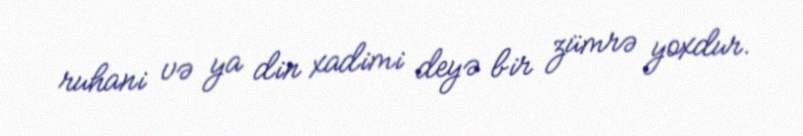
ruhani və ya din xadimi deyə bir zümrə yoxdur.